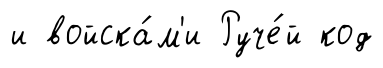
и войска́м'и Руче́й код